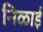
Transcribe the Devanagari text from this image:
निळाई